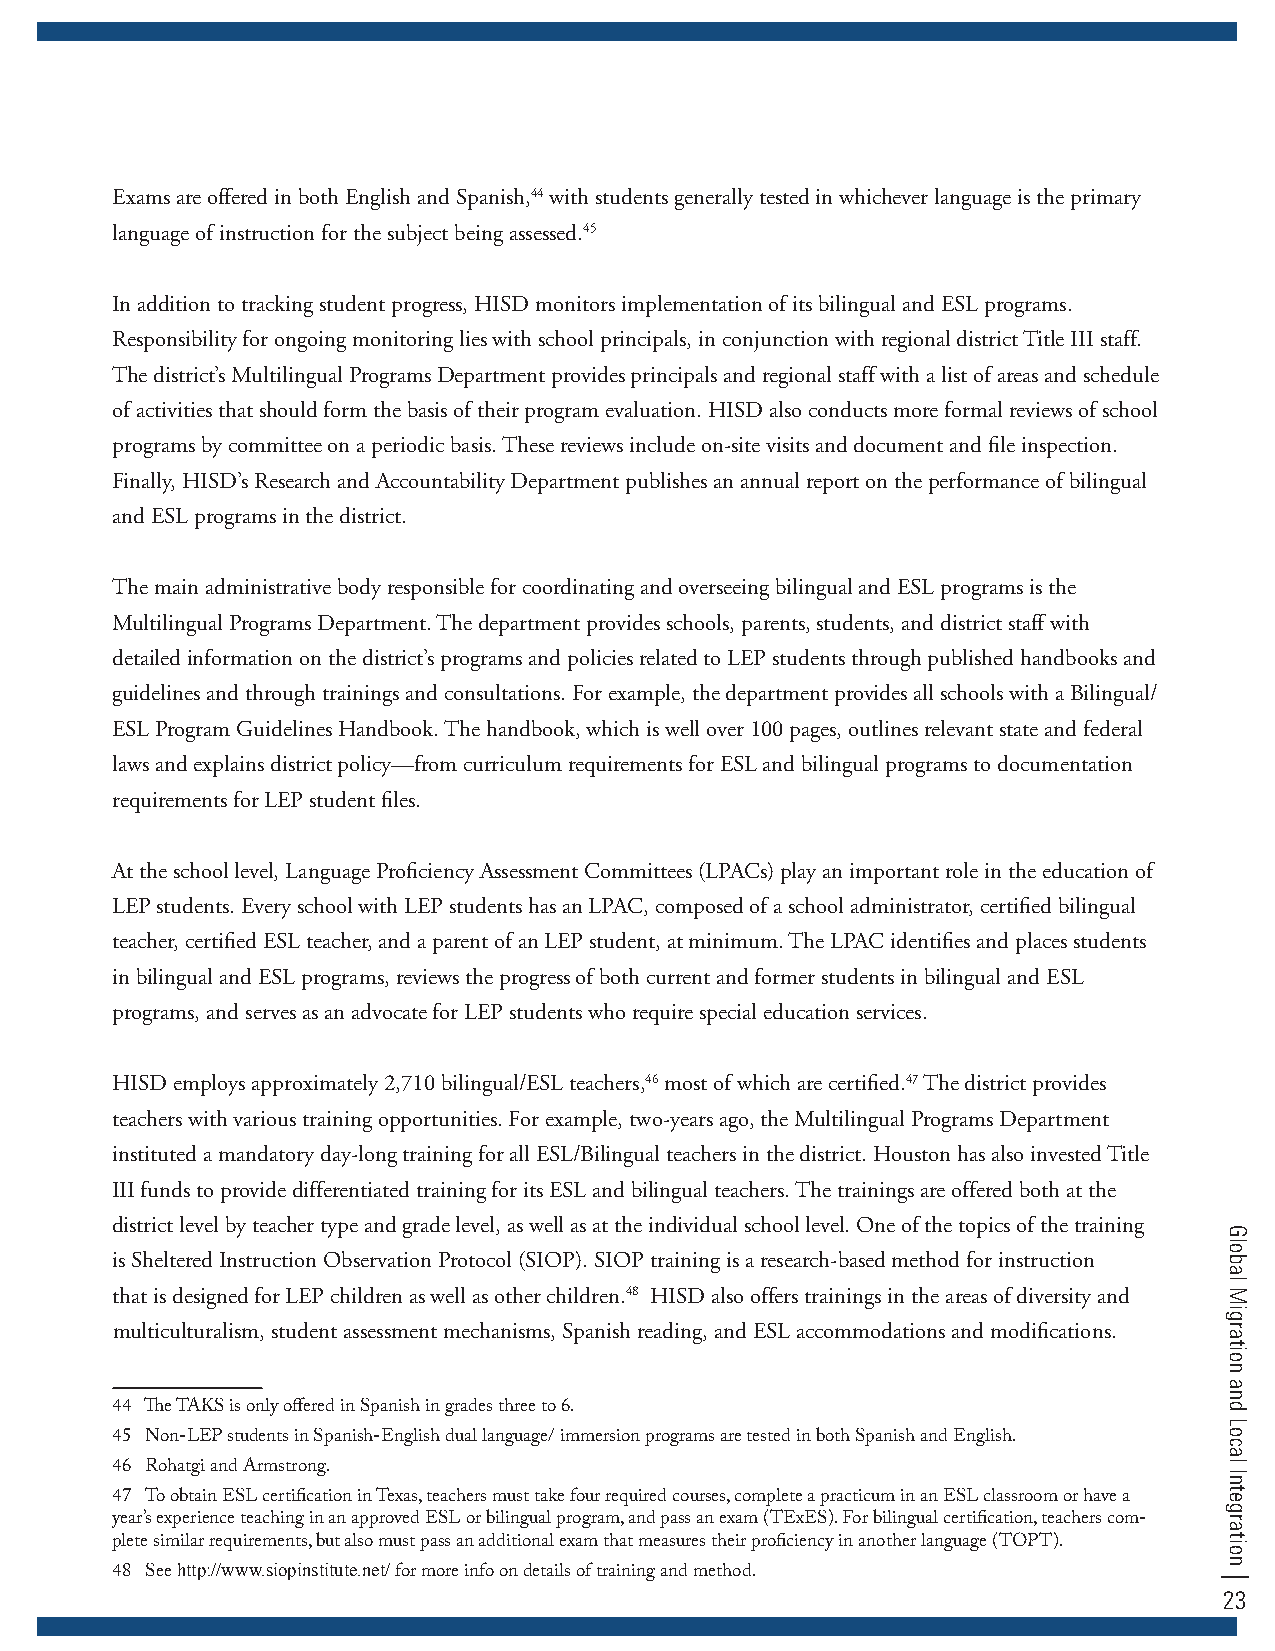
Exams are offered in both English and Spanish,44 with students generally tested in whichever language is the primary
 language of instruction for the subject being assessed.45
 In addition to tracking student progress, HISD monitors implementation of its bilingual and ESL programs.
 Responsibility for ongoing monitoring lies with school principals, in conjunction with regional district Title III staff.
 The district’s Multilingual Programs Department provides principals and regional staff with a list of areas and schedule
 of activities that should form the basis of their program evaluation. HISD also conducts more formal reviews of school
 programs by committee on a periodic basis. These reviews include on-site visits and document and file inspection.
 Finally, HISD’s Research and Accountability Department publishes an annual report on the performance of bilingual
 and ESL programs in the district.
 The main administrative body responsible for coordinating and overseeing bilingual and ESL programs is the
 Multilingual Programs Department. The department provides schools, parents, students, and district staff with
 detailed information on the district’s programs and policies related to LEP students through published handbooks and
 guidelines and through trainings and consultations. For example, the department provides all schools with a Bilingual/
 ESL Program Guidelines Handbook. The handbook, which is well over 100 pages, outlines relevant state and federal
 laws and explains district policy—from curriculum requirements for ESL and bilingual programs to documentation
 requirements for LEP student files.
 At the school level, Language Proficiency Assessment Committees (LPACs) play an important role in the education of
 LEP students. Every school with LEP students has an LPAC, composed of a school administrator, certified bilingual
 teacher, certified ESL teacher, and a parent of an LEP student, at minimum. The LPAC identifies and places students
 in bilingual and ESL programs, reviews the progress of both current and former students in bilingual and ESL
 programs, and serves as an advocate for LEP students who require special education services.
 HISD employs approximately 2,710 bilingual/ESL teachers,46 most of which are certified.47 The district provides
 teachers with various training opportunities. For example, two-years ago, the Multilingual Programs Department
 instituted a mandatory day-long training for all ESL/Bilingual teachers in the district. Houston has also invested Title
 III funds to provide differentiated training for its ESL and bilingual teachers. The trainings are offered both at the
 district level by teacher type and grade level, as well as at the individual school level. One of the topics of the training
 is Sheltered Instruction Observation Protocol (SIOP). SIOP training is a research-based method for instruction
 that is designed for LEP children as well as other children.48 HISD also offers trainings in the areas of diversity and
 multiculturalism, student assessment mechanisms, Spanish reading, and ESL accommodations and modifications.
 44 The TAKS is only offered in Spanish in grades three to 6.
 45 Non-LEP students in Spanish-English dual language/ immersion programs are tested in both Spanish and English.
 46 Rohatgi and Armstrong.
 47 To obtain ESL certification in Texas, teachers must take four required courses, complete a practicum in an ESL classroom or have a
 year’s experience teaching in an approved ESL or bilingual program, and pass an exam (TExES). For bilingual certification, teachers com-
 plete similar requirements, but also must pass an additional exam that measures their proficiency in another language (TOPT).
 http://www.siopinstitute.net/
 48 See             for more info on details of training and method.
 23
 Global
 Migration
 and
 Local
 Integration